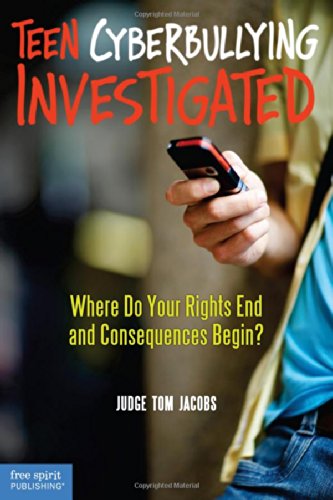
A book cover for Teen Cyberbullying Investigated: Where Do Your Rights End and Consequences Begin?; Thomas A. Jacobs J.D.; Teen & Young Adult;